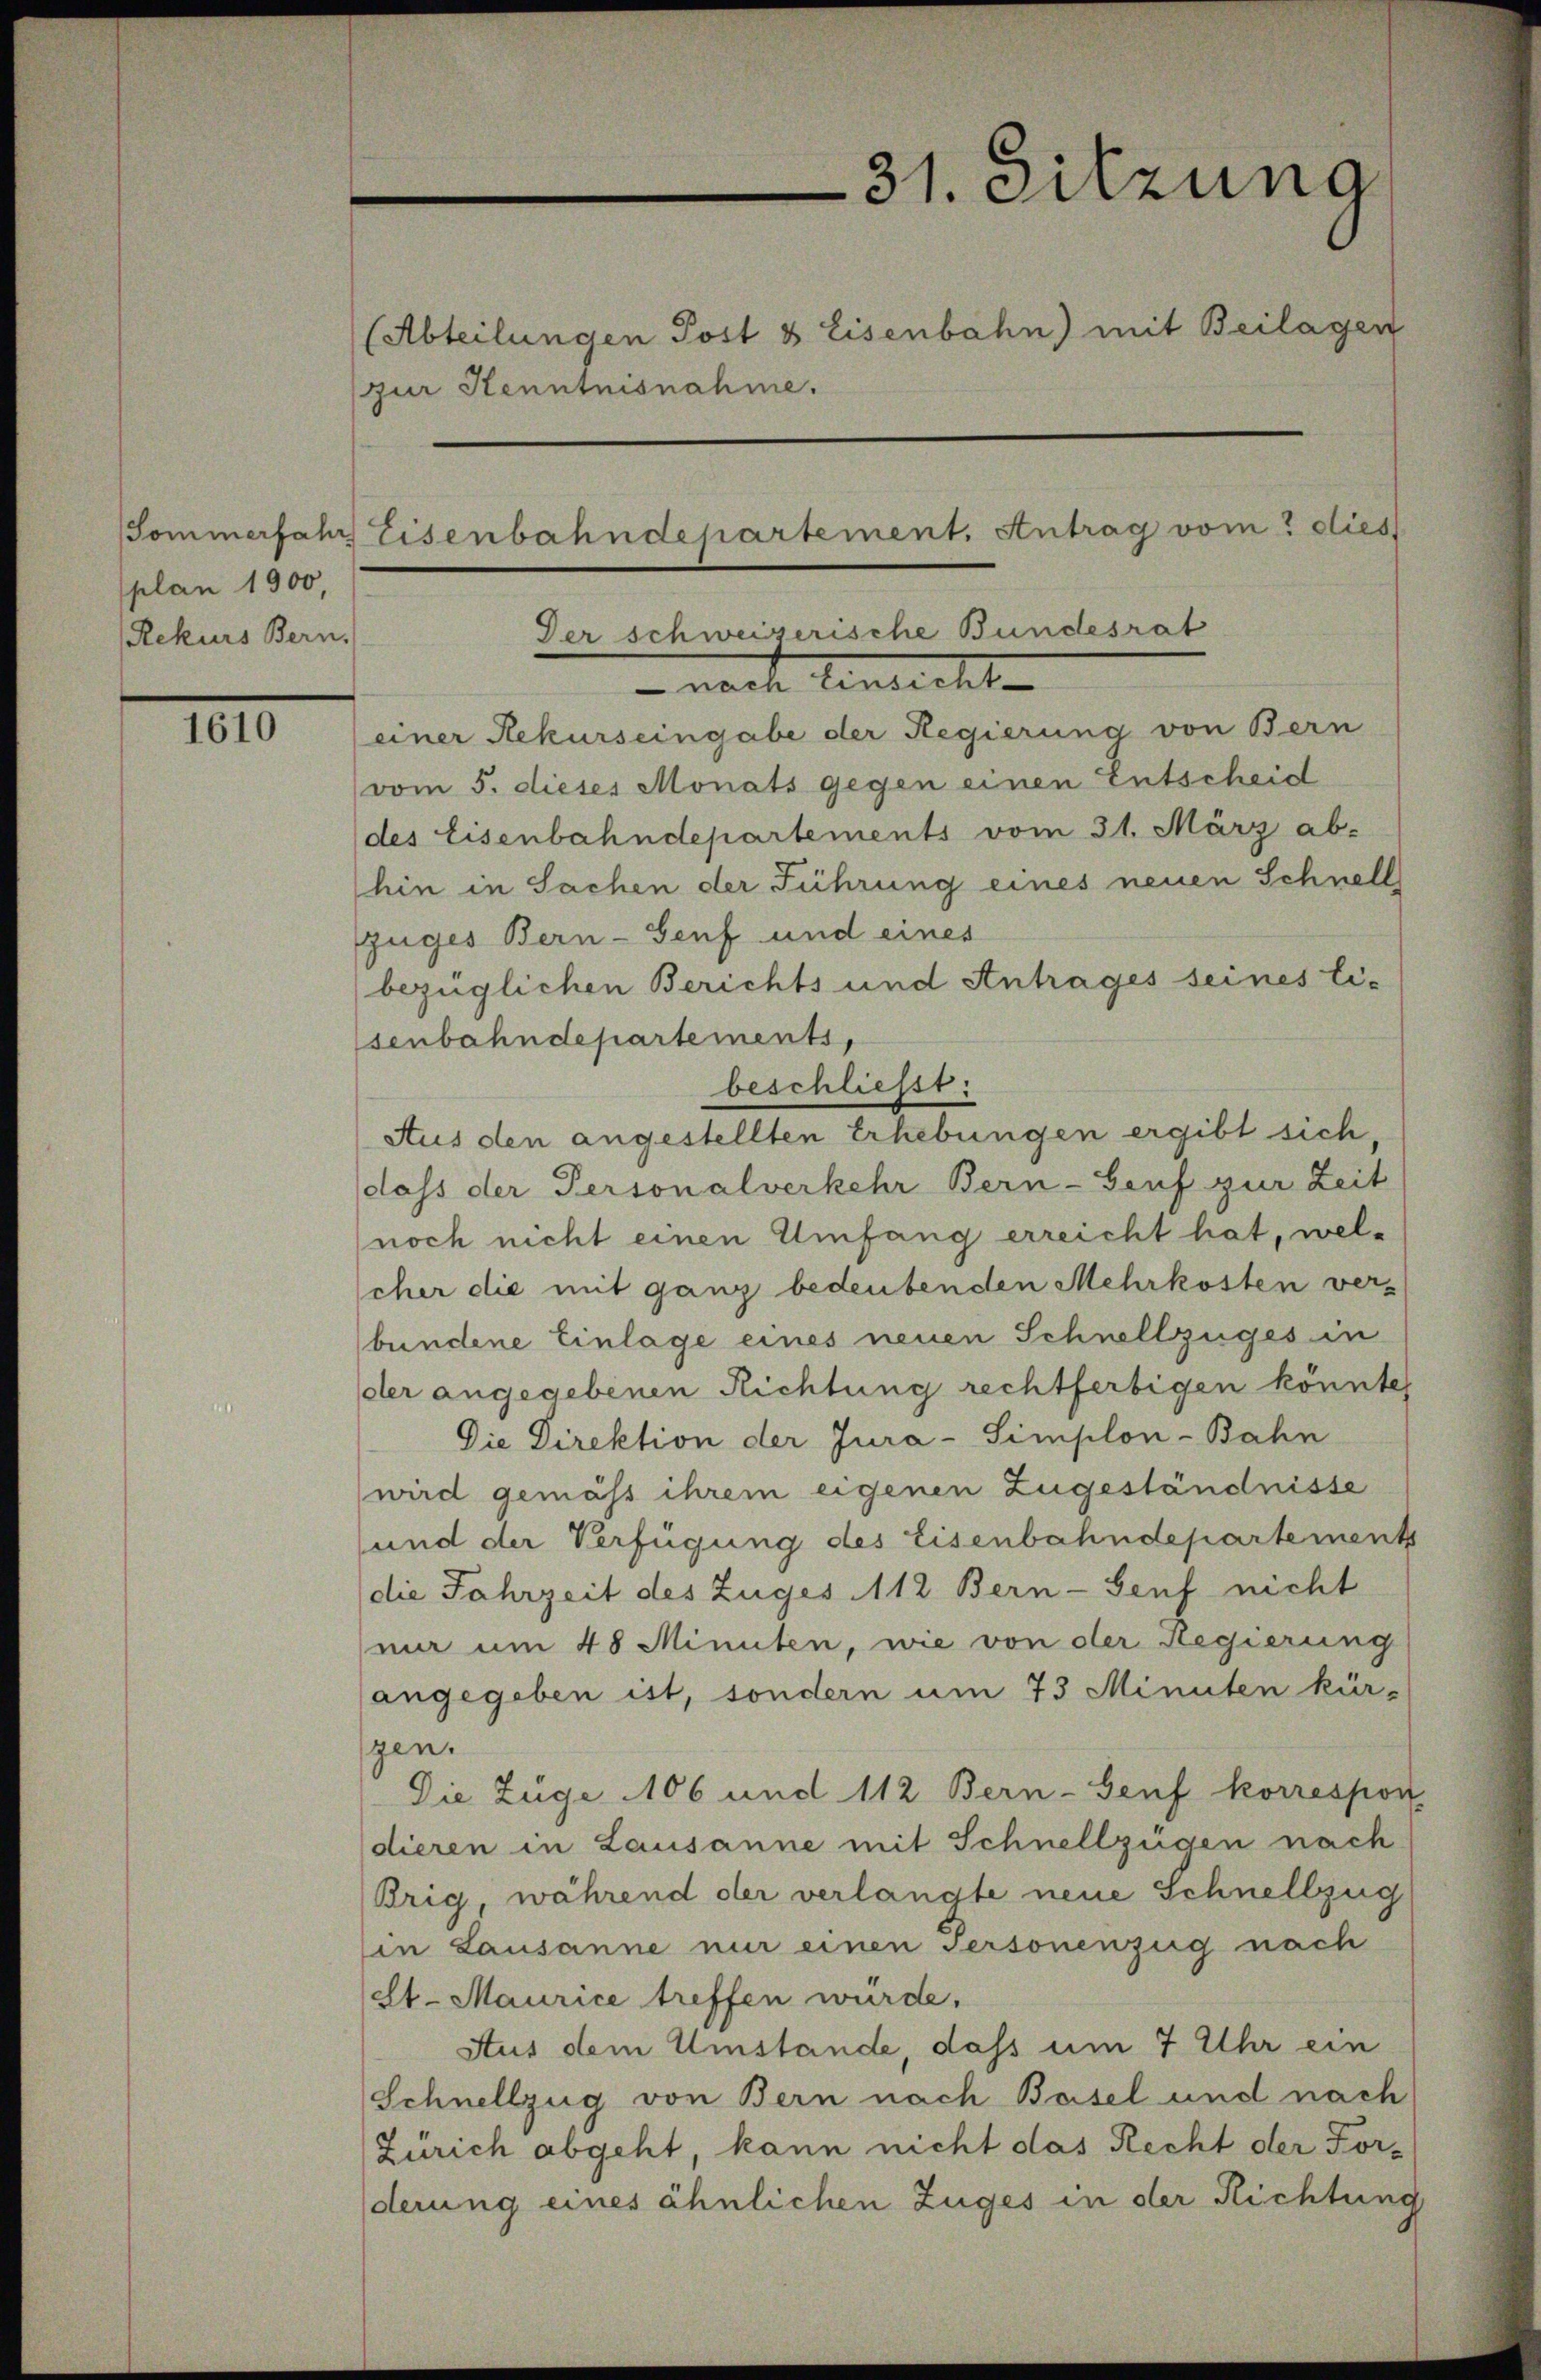
Sommerfahr
plan 1900,
Rekurs Bern.

1610

31. Sitzung
(Abteilungen Post & Eisenbahn) mit Beilagen
zur Kenntnisnahme.
Eisenbahndepartement. Antrag vom 2 dies
Der schweizerische Bundesrat

- nach Einsicht-
einer Rekurseingabe der Regierung von Bern

vom 5. dieses Monats gegen einen Entscheid
des Eisenbahndepartements vom 31. März ab-
hin in Sachen der Führung eines neuen Schnell
Zuges Bern- Genf und eines
bezüglichen Berichts und Antrages seines Eis
senbahndepartements,
dass der Personalverkehr Bern- Genf zur Zeit
noch nicht einen Umfang erreicht hat, welcher die mit ganz bedeutenden Mehrkosten ver-
bundene Einlage eines neuen Schnellzüges in
der angegebenen Richtung rechtfertigen könnte,
Die Direktion der Jura - Simplon-Bahn
wird gemäss ihrem eigenen Zugeständnisse
und der Verfügung des Eisenbahndepartement
die Jahrzeit des Zuges 112 Bern- Genf nicht
nir um 48 Minuten, wie von der Regierung
angegeben ist, sondern um 73 Minuten kür-
gen.
Die Züge 106 und 112 Bern- Genf korrespon
dieren in Lausanne mit Schnellzügen nach
Brig, während der verlangte neue Schnellzug
in Lausanne nur einen Personenzug nach
elt. Maurice treffen würde.
Aus dem Umstände dass um 7 Uhr ein
Schnellzug von Bern nach Basel und nach
Zürich abgeht, kann nicht das Recht der Forderung eines ähnlichen Zuges in der Richtung

beschließt:
Aus den angestellten Erhebungen ergibt sich,